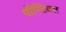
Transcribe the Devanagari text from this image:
पॉन्टियस